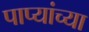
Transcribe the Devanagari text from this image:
पाप्यांच्या